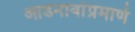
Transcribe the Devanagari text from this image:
आडनावांप्रमाणे